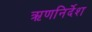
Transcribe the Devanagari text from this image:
ऋणनिर्देश